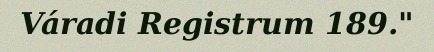
Váradi Registrum 189."